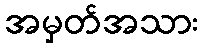
အမှတ်အသား